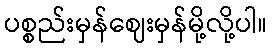
ပစ္စည်းမှန်ဈေးမှန်မို့လို့ပါ။